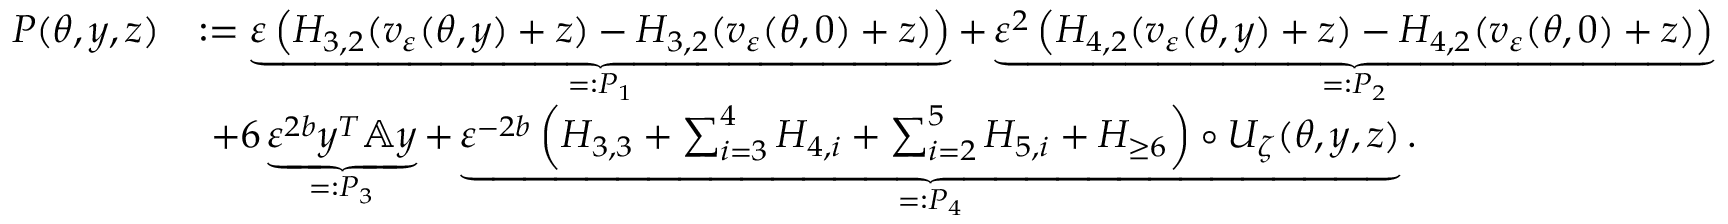
\begin{array} { r l } { P ( \theta , y , z ) } & { : = \underbrace { \varepsilon \left( H _ { 3 , 2 } ( v _ { \varepsilon } ( \theta , y ) + z ) - H _ { 3 , 2 } ( v _ { \varepsilon } ( \theta , 0 ) + z ) \right) } _ { = : P _ { 1 } } + \underbrace { \varepsilon ^ { 2 } \left( H _ { 4 , 2 } ( v _ { \varepsilon } ( \theta , y ) + z ) - H _ { 4 , 2 } ( v _ { \varepsilon } ( \theta , 0 ) + z ) \right) } _ { = : P _ { 2 } } } \\ & { \ + 6 \underbrace { \varepsilon ^ { 2 b } y ^ { T } \mathbb { A } y } _ { = : P _ { 3 } } + \underbrace { \varepsilon ^ { - 2 b } \left( H _ { 3 , 3 } + \sum _ { i = 3 } ^ { 4 } H _ { 4 , i } + \sum _ { i = 2 } ^ { 5 } { H _ { 5 , i } } + H _ { \ge 6 } \right) \circ U _ { \zeta } ( \theta , y , z ) } _ { = : P _ { 4 } } . } \end{array}